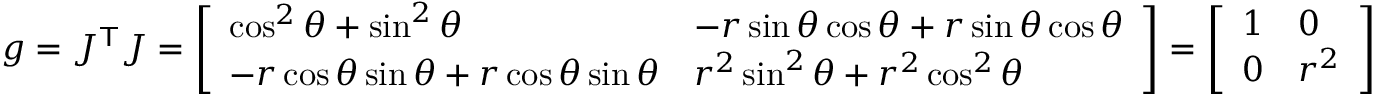
g = J ^ { \mathsf { T } } J = { \left[ \begin{array} { l l } { \cos ^ { 2 } \theta + \sin ^ { 2 } \theta } & { - r \sin \theta \cos \theta + r \sin \theta \cos \theta } \\ { - r \cos \theta \sin \theta + r \cos \theta \sin \theta } & { r ^ { 2 } \sin ^ { 2 } \theta + r ^ { 2 } \cos ^ { 2 } \theta } \end{array} \right] } = { \left[ \begin{array} { l l } { 1 } & { 0 } \\ { 0 } & { r ^ { 2 } } \end{array} \right] }